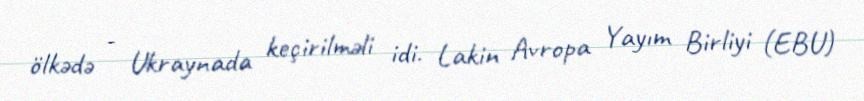
ölkədə - Ukraynada keçirilməli idi. Lakin Avropa Yayım Birliyi (EBU)